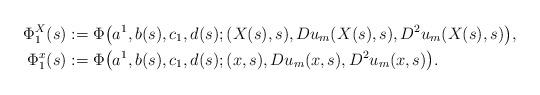
LaTeX: \begin{align*}\Phi_1^X(s)&:=\Phi\big(a^1,b(s),c_1,d(s);(X(s),s),Du_m(X(s),s),D^2u_m(X(s),s)\big), \\\Phi_1^x(s)&:=\Phi\big(a^1,b(s),c_1,d(s);(x,s),Du_m(x,s),D^2u_m(x,s)\big).\end{align*}